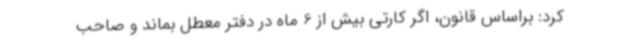
کرد: براساس قانون، اگر کارتی بیش از 6 ماه در دفتر معطل بماند و صاحب